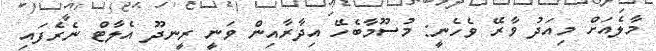
މާލެއަށް މިއަދު ވާރޭ ވެހެނީ: މުސޫމާބެހޭ އިދާރާއިން ވަނީ ރީނދޫ އެލާޓް ނެރެފައި